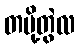
တပို့တွဲလ